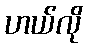
ဟယ်လို